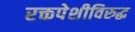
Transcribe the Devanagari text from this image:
रक्तपेशीविरुद्ध